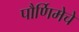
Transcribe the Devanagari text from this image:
पौर्णिमेचे